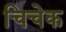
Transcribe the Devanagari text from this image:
चिचेक